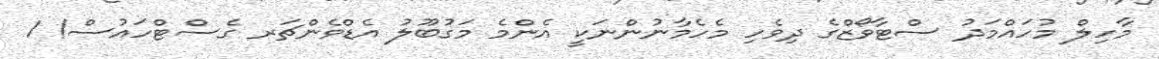
މާހިލް މުހައްމަދު ސްޓާވޯޒްގެ ދިވެހި މެހެމާނުންނަކީ އެންމެ މަގުބޫލު އެޑްވެންޗަރ ގެސްޓްހައުސް! 1